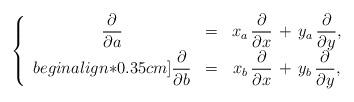
LaTeX: \begin{align*}\left\{\begin{array}{ccc}\displaystyle\frac{\partial}{\partial a} &=& x_a\,\displaystyle\frac{\partial}{\partial x}\,+\, y_a\,\displaystyle\frac{\partial }{\partial y},\\begin{align*}0.35cm]\displaystyle\frac{\partial}{\partial b} &=& x_b\,\displaystyle\frac{\partial }{\partial x}\,+\, y_b\,\displaystyle\frac{\partial}{\partial y},\end{array}\right.\end{align*}